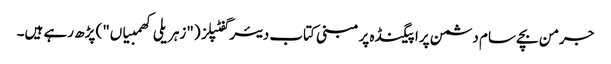
جرمن بچے سام دشمن پراپیگنڈہ پر مبنی کتاب دیئر گفٹپلز ("زہریلی کھمبیاں") پڑھ رہے ہیں۔